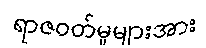
ရာဇဝတ်မှုများအား